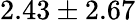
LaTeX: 2.43\pm 2.67